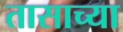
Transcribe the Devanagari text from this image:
तासाच्‍या